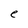
Character: e